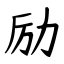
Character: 励